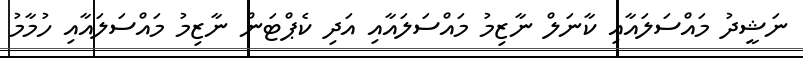
ނަޝީދު މައްސަލައާއި ކާނަލް ނާޒިމު މައްސަލައާއި އަދި ކެޕްޓަން ނާޒިމު މައްސަލައާއި ހުމާމު